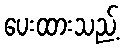
ပေးထားသည့်